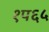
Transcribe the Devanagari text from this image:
१प६५